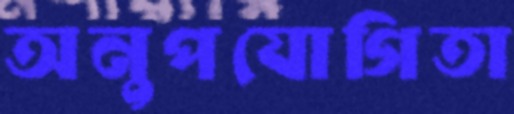
অনুপযোগিতা